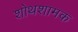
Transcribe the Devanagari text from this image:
शोथशामक